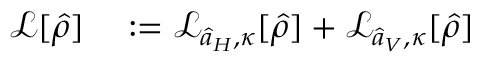
\begin{array} { r l } { \mathcal { L } [ \hat { \rho } ] } & { { } : = \mathcal { L } _ { \hat { a } _ { H } , \kappa } [ \hat { \rho } ] + \mathcal { L } _ { \hat { a } _ { V } , \kappa } [ \hat { \rho } ] } \end{array}